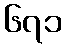
၆၇၁